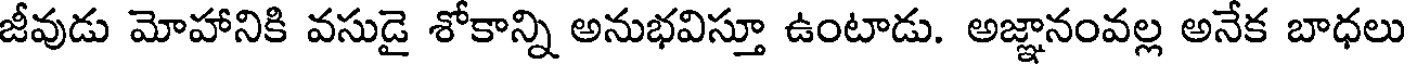
జీవుడు మోహానికి వసుడై శోకాన్ని అనుభవిస్తూ ఉంటాడు. అజ్ఞానంవల్ల అనేక బాధలు